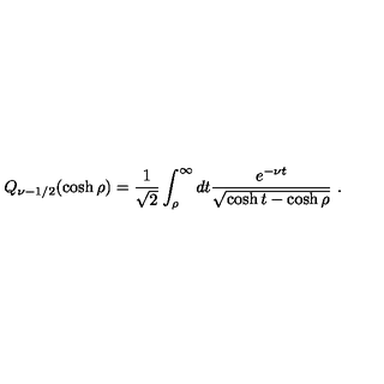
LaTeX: Q _ { \nu - 1 / 2 } ( \cosh \rho ) = \frac { 1 } { \sqrt { 2 } } \int _ { \rho } ^ { \infty } d t \frac { e ^ { - \nu t } } { \sqrt { \cosh t - \cosh \rho } } \ .